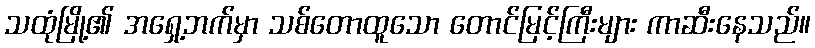
သထုံမြို့၏ အရှေ့ဘက်မှာ သစ်တောထူသော တောင်မြင့်ကြီးများ ကာဆီးနေသည်။